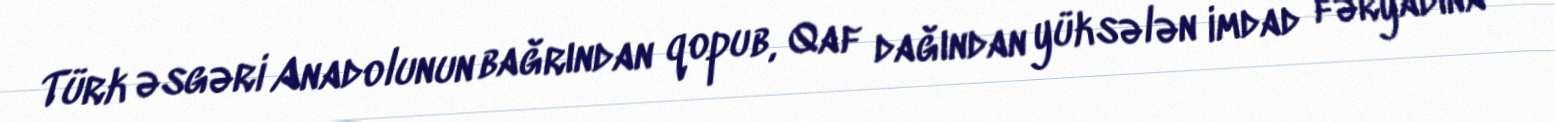
Türk əsgəri Anadolunun bağrından qopub, Qaf dağından yüksələn imdad fəryadına